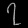
Digit: ၇